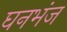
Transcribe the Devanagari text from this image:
घनभंज